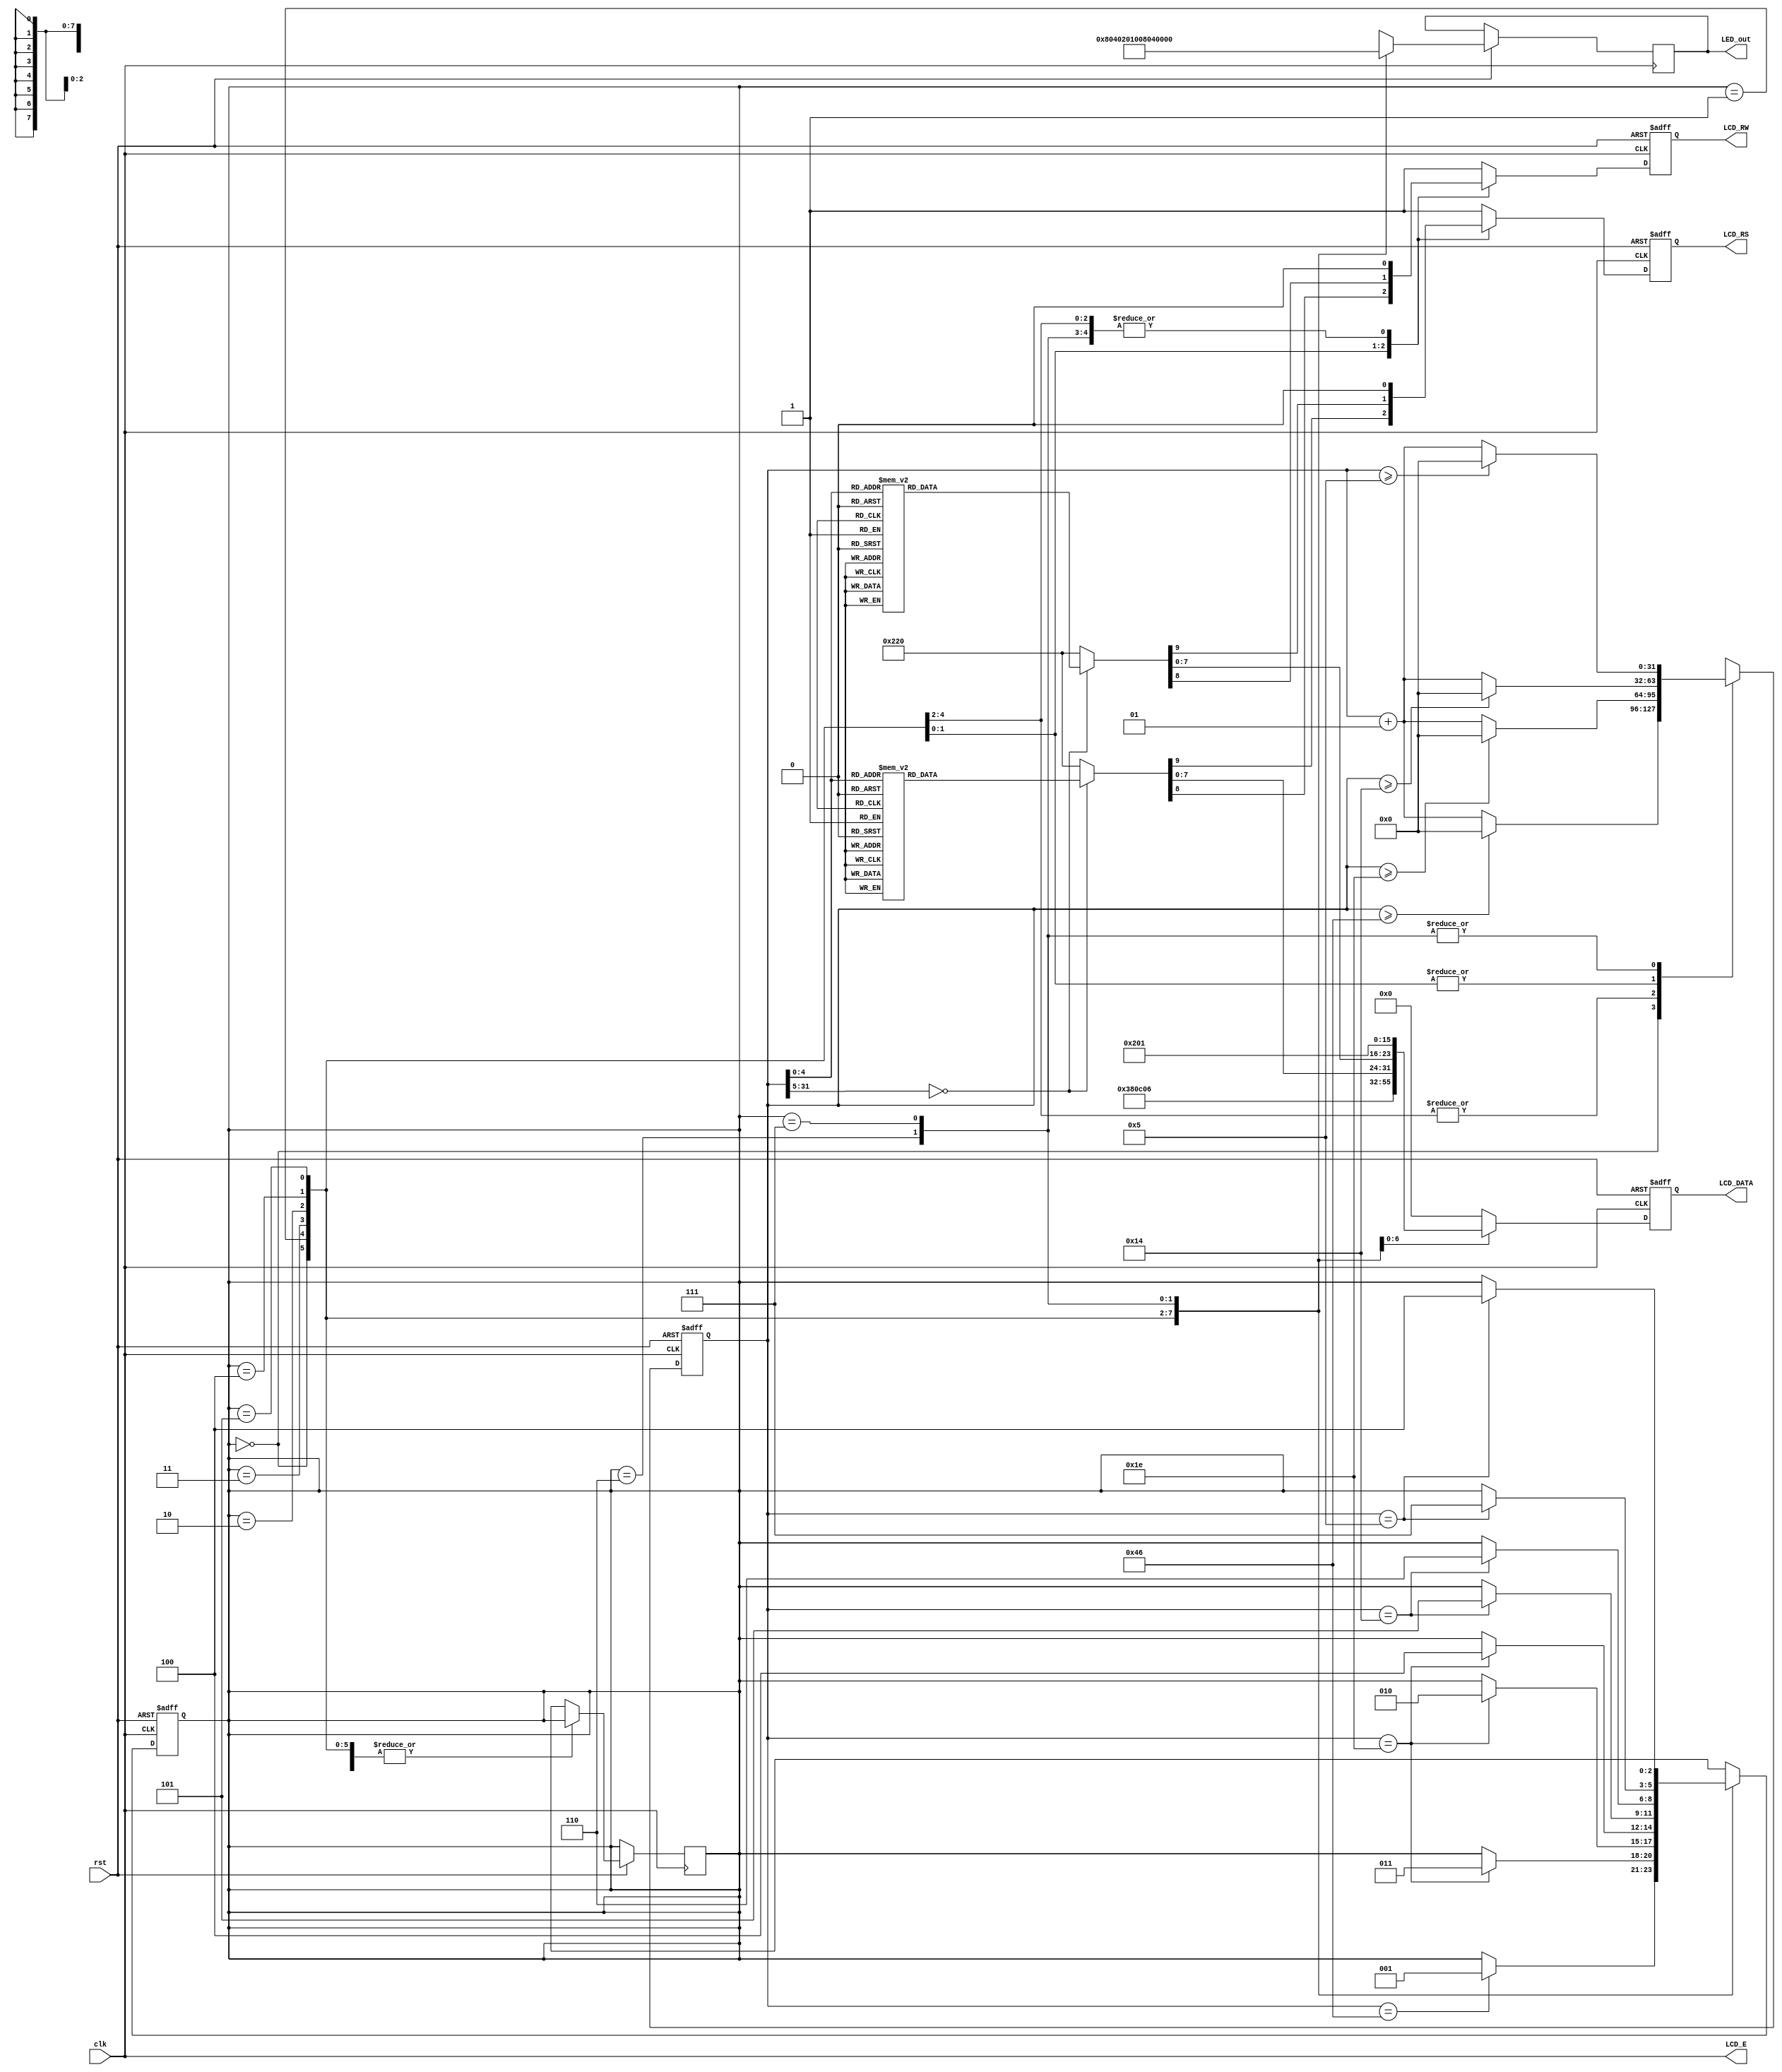
`timescale 1us / 1ns
//////////////////////////////////////////////////////////////////////////////////
// Company: 
// Engineer: 
// 
// Design Name: 
// Module Name: text_LCD
// Project Name: 
// Target Devices: 
// Tool Versions: 
// Description: 
// 
// Dependencies: 
// 
// Revision:
// Revision 0.01 - File Created
// Additional Comments:
// 
//////////////////////////////////////////////////////////////////////////////////


module text_LCD(rst, clk, LCD_E, LCD_RS, LCD_RW, LCD_DATA, LED_out);

input rst, clk;

output LCD_E, LCD_RS, LCD_RW;
output reg [7:0] LCD_DATA;
output reg [7:0] LED_out;

wire LCD_E;
reg LCD_RS, LCD_RW;

reg [2:0] state;
parameter DELAY = 3'b000,
          FUNCTION_SET = 3'b001,
          ENTRY_MODE   = 3'b010,
          DISP_ONOFF   = 3'b011,
          LINE1        = 3'b100,
          LINE2        = 3'b101,
          DELAY_T      = 3'b110,
          CLEAR_DISP   = 3'b111;
          
integer cnt;

always @(posedge clk or negedge rst)
begin
    if(!rst)
        state = DELAY;
    else
    begin
        case(state)
            DELAY : begin
                LED_out = 8'b1000_0000;
                if(cnt == 70) state = FUNCTION_SET;
            end
            FUNCTION_SET : begin
                LED_out = 8'b0100_0000;
                if(cnt == 30) state = DISP_ONOFF;
            end
            DISP_ONOFF : begin
                LED_out = 8'b0010_0000;
                if(cnt == 30) state = ENTRY_MODE;
            end
            ENTRY_MODE : begin
                LED_out = 8'b0001_0000;
                if(cnt == 30) state = LINE1;
            end
            LINE1 : begin
                LED_out = 8'b0000_1000;
                if(cnt == 20) state = LINE2;
            end
            LINE2 : begin
                LED_out = 8'b0000_0100;
                if(cnt == 20) state = DELAY_T;
            end
            DELAY_T : begin
                LED_out = 8'b0000_0010;
                if(cnt == 5) state = CLEAR_DISP;
            end
            CLEAR_DISP : begin
                LED_out = 8'b0000_0001;
                if(cnt == 5) state = LINE1;
            end
            default : state =  DELAY;
        endcase
    end
end

always @(posedge clk or negedge rst)
begin
    if(!rst)
        cnt = 0;
    else begin
        case(state)
            DELAY :
                if(cnt >= 70) cnt = 0;
                else cnt = cnt + 1;
            FUNCTION_SET :
                if(cnt >= 30) cnt = 0;
                else cnt = cnt + 1;
            DISP_ONOFF :
                if(cnt >= 30) cnt = 0;
                else cnt = cnt + 1;
            ENTRY_MODE :
                if(cnt >= 30) cnt = 0;
                else cnt = cnt + 1;
            LINE1 :
                if(cnt >= 20) cnt = 0;
                else cnt = cnt + 1;
            LINE2 :
                if(cnt >= 20) cnt = 0;
                else cnt = cnt + 1;
            DELAY_T :
                if(cnt >= 5) cnt = 0;
                else cnt = cnt + 1;
            CLEAR_DISP :
                if(cnt >= 5) cnt = 0;
                else cnt = cnt + 1;
            default : state = DELAY;
        endcase
    end
end        

always @(posedge clk or negedge rst)
begin
    if(!rst)
        {LCD_RS, LCD_RW, LCD_DATA} = 10'b1_1_00000000;
    else begin
        case(state)
            FUNCTION_SET :
                {LCD_RS, LCD_RW, LCD_DATA} = 10'b0_0_0011_1000;
            DISP_ONOFF :
                {LCD_RS, LCD_RW, LCD_DATA} = 10'b0_0_0000_1100;
            ENTRY_MODE :
                {LCD_RS, LCD_RW, LCD_DATA} = 10'b0_0_0000_0110;

LINE1 :
    begin
        case(cnt)
            00 : {LCD_RS, LCD_RW, LCD_DATA} = 10'b0_0_1000_0000;
            01 : {LCD_RS, LCD_RW, LCD_DATA} = 10'b1_0_0010_0000;
            02 : {LCD_RS, LCD_RW, LCD_DATA} = 10'b1_0_0100_1000;
            03 : {LCD_RS, LCD_RW, LCD_DATA} = 10'b1_0_0100_0101;
            04 : {LCD_RS, LCD_RW, LCD_DATA} = 10'b1_0_0100_1100;
            05 : {LCD_RS, LCD_RW, LCD_DATA} = 10'b1_0_0100_1100;
            06 : {LCD_RS, LCD_RW, LCD_DATA} = 10'b1_0_0100_1111;
            07 : {LCD_RS, LCD_RW, LCD_DATA} = 10'b1_0_0010_0000;
            08 : {LCD_RS, LCD_RW, LCD_DATA} = 10'b1_0_0101_0111;
            09 : {LCD_RS, LCD_RW, LCD_DATA} = 10'b1_0_0100_1111;
            10 : {LCD_RS, LCD_RW, LCD_DATA} = 10'b1_0_0101_0010;
            11 : {LCD_RS, LCD_RW, LCD_DATA} = 10'b1_0_0100_1100;
            12 : {LCD_RS, LCD_RW, LCD_DATA} = 10'b1_0_0100_0100;
            13 : {LCD_RS, LCD_RW, LCD_DATA} = 10'b1_0_0010_0001;
            14 : {LCD_RS, LCD_RW, LCD_DATA} = 10'b1_0_0010_0000;
            15 : {LCD_RS, LCD_RW, LCD_DATA} = 10'b1_0_0010_0000;
            16 : {LCD_RS, LCD_RW, LCD_DATA} = 10'b1_0_0010_0000;
            default : {LCD_RS, LCD_RW, LCD_DATA} = 10'b1_0_0010_0000;
        endcase
    end
    
LINE2 :
    begin
        case(cnt)
            00 : {LCD_RS, LCD_RW, LCD_DATA} = 10'b0_0_1100_0000;
            01 : {LCD_RS, LCD_RW, LCD_DATA} = 10'b1_0_0011_0010; // 2
            02 : {LCD_RS, LCD_RW, LCD_DATA} = 10'b1_0_0011_0000; // 0
            03 : {LCD_RS, LCD_RW, LCD_DATA} = 10'b1_0_0011_0010; // 2
            04 : {LCD_RS, LCD_RW, LCD_DATA} = 10'b1_0_0011_0010; // 2
            05 : {LCD_RS, LCD_RW, LCD_DATA} = 10'b1_0_0011_0100; // 4
            06 : {LCD_RS, LCD_RW, LCD_DATA} = 10'b1_0_0011_0100; // 4
            07 : {LCD_RS, LCD_RW, LCD_DATA} = 10'b1_0_0011_0000; // 0
            08 : {LCD_RS, LCD_RW, LCD_DATA} = 10'b1_0_0011_0000; // 0
            09 : {LCD_RS, LCD_RW, LCD_DATA} = 10'b1_0_0011_0110; // 6
            10 : {LCD_RS, LCD_RW, LCD_DATA} = 10'b1_0_0011_0010; // 2
            11 : {LCD_RS, LCD_RW, LCD_DATA} = 10'b1_0_0010_0000; // 
            12 : {LCD_RS, LCD_RW, LCD_DATA} = 10'b1_0_0100_0010; // B
            13 : {LCD_RS, LCD_RW, LCD_DATA} = 10'b1_0_0100_1010; // J
            14 : {LCD_RS, LCD_RW, LCD_DATA} = 10'b1_0_0100_1000; // H
            15 : {LCD_RS, LCD_RW, LCD_DATA} = 10'b1_0_0010_0000; // 
            16 : {LCD_RS, LCD_RW, LCD_DATA} = 10'b1_0_0010_0000; //
            default : {LCD_RS, LCD_RW, LCD_DATA} = 10'b1_0_0010_0000; // 
        endcase
    end
            DELAY_T :
                {LCD_RS, LCD_RW, LCD_DATA} = 10'b0_0_0000_0010;
            CLEAR_DISP :
                {LCD_RS, LCD_RW, LCD_DATA} = 10'b0_0_0000_0001;
            default :
                {LCD_RS, LCD_RW, LCD_DATA} = 10'b1_1_0000_0000;
        endcase
    end
end

assign LCD_E = clk;

endmodule